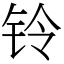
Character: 铃